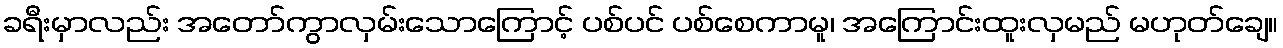
ခရီးမှာလည်း အတော်ကွာလှမ်းသောကြောင့် ပစ်ပင် ပစ်စေကာမူ၊ အကြောင်းထူးလှမည် မဟုတ်ချေ။